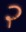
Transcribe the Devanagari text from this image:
२